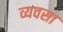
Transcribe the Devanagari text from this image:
व्यवसा